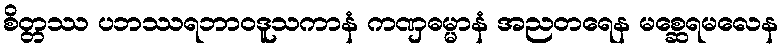
စိတ္တဿ ပဘဿရဘာဝဒူသကာနံ ကဏှဓမ္မာနံ အညတရေန မစ္ဆေရမလေန